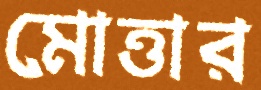
মোত্তার